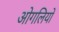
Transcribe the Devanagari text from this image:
ओगलियो